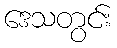
ဒေသတွင်း